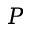
P